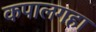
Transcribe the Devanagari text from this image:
कपालगहा